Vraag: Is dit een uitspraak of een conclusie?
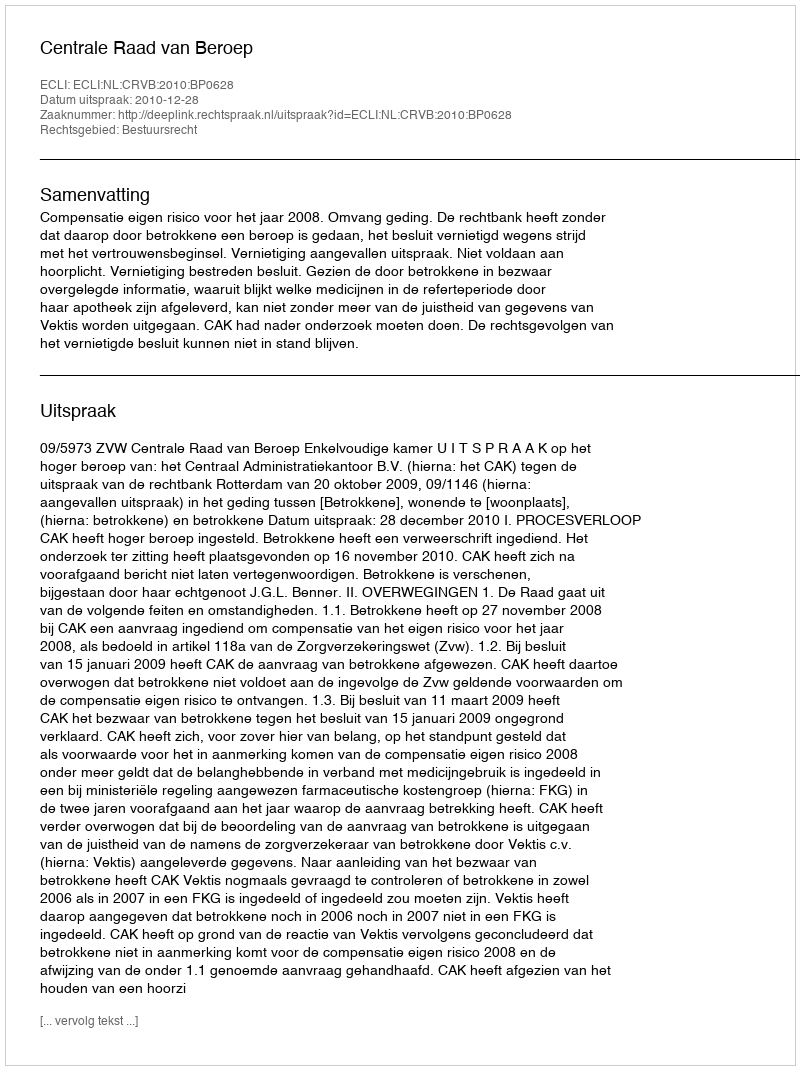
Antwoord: Uitspraak